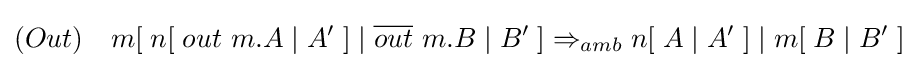
(Out)\quad m[\;n[\;out\ m.A\mid A'\;]\mid {\overline {out}}\ m.B\mid B'\;]\Rightarrow _{amb}n[\;A\mid A'\;]\mid m[\;B\mid B'\;]